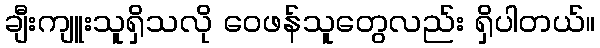
ချီးကျူးသူရှိသလို ဝေဖန်သူတွေလည်း ရှိပါတယ်။